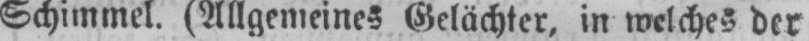
Schimmel. (Allgemeines Gelächter, in welches der